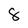
Character: 8